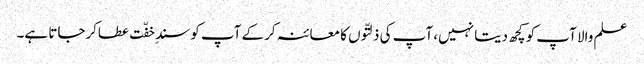
علم والا آپ کو کچھ دیتا نہیں، آپ کی ذلتّوں کا معائنہ کرکے آپ کو سندِ خفّت عطاکرجاتا ہے۔